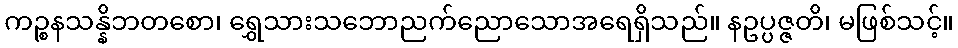
ကဉ္စနသန္နိဘတစော၊ ရွှေသားသဘောညက်ညောသောအရေရှိသည်။ နဥပ္ပဇ္ဇတိ၊ မဖြစ်သင့်။